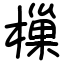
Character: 樔